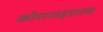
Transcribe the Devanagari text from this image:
कोराशहराला